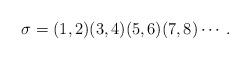
LaTeX: \begin{align*}\sigma = (1,2)(3,4)(5,6)(7,8)\cdots.\end{align*}